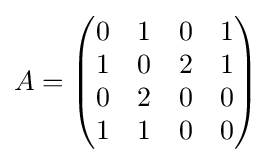
A={\begin{pmatrix}0&1&0&1\\1&0&2&1\\0&2&0&0\\1&1&0&0\end{pmatrix}}